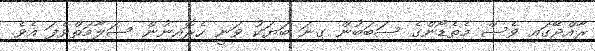
ރާއްޖޭގައި ވެސް މެތެޑޯންގެ ސަބަބުން ގިނަ ބަޔަކު ވަނީ ހެރޮއިނުން ސަލާމަތްވެފަ އެވެ.